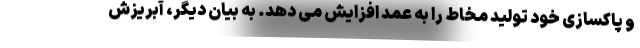
و پاکسازی خود تولید مخاط را به عمد افزایش می دهد. به بیان دیگر، آبریزش